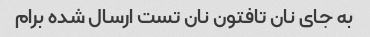
به جای نان تافتون نان تست ارسال شده برام